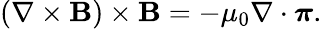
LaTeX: \begin{array}{r}{\left(\nabla\times{\mathbf B}\right)\times{\mathbf B}=-\mu_{0}\nabla\cdot\boldsymbol{\pi}.}\end{array}